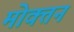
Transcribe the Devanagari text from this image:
मोक्तन